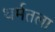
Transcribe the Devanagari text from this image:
धर्मतला